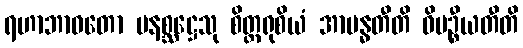
ရဟာဘာဝတော မနစ္ဆဋ္ဌေသု စိတ္တရုစိယံ အာဗန္ဓတီတိ ဝိပဉ္စီယတီတိ